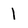
Character: l